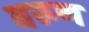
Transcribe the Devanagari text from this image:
बरूण